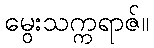
မွေးသက္ကရာဇ်။